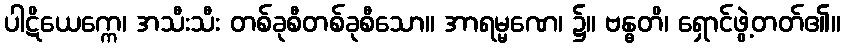
ပါဋိယေက္ကေ၊ အသီးသီး တစ်ခုစီတစ်ခုစီသော။ အာရမ္မဏေ၊ ၌။ ဗန္ဓတိ၊ ရှောင်ဖွဲ့တတ်၏။